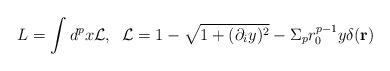
LaTeX: \begin{align*}L=\int d^px{\cal L},\;\; {\cal L} = 1 - \sqrt{1 + (\partial_i y)^2} -\Sigma_pr_0^{p-1}y\delta({\bf r})\end{align*}